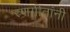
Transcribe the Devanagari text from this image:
रणगीतांनी